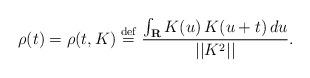
LaTeX: \begin{align*}\rho (t)=\rho (t,K)\stackrel{\rm def}{=}\frac{\int_{{\bf R}}K(u)\,K(u+t)\,du}{||K^{2}||}. \end{align*}